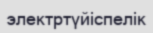
электртүйіспелік